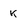
Character: k